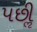
પછીૢ